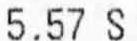
5.57 S